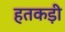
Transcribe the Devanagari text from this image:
हतकड़ी